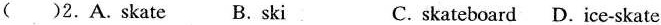
2.A. Skate B. Ski C. skateboard D. Ice-skate